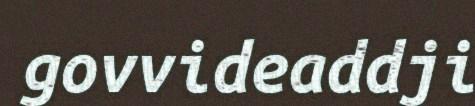
govvideaddji